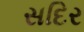
સદિર